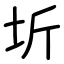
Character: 圻